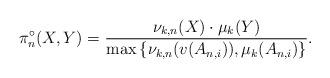
LaTeX: \begin{align*}\pi^\circ_n(X,Y) = \frac{\nu_{k,n}(X) \cdot \mu_{k}(Y)}{\max\left\{ \nu_{k,n}(v(A_{n,i})), \mu_{k}(A_{n,i})\right\}}.\end{align*}